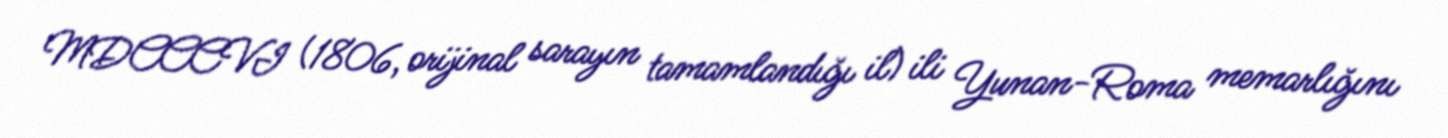
MDCCCVI (1806, orijinal sarayın tamamlandığı il) ili Yunan-Roma memarlığını